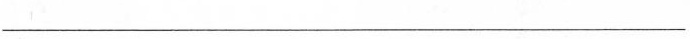
___